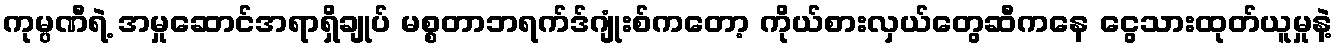
ကုမ္ပဏီရဲ့ အမှုဆောင်အရာရှိချုပ် မစ္စတာဘရက်ဒ်ဂျုံးစ်ကတော့ ကိုယ်စားလှယ်တွေဆီကနေ ငွေသားထုတ်ယူမှုနဲ့